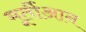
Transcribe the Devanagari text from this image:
मूर्तीआन